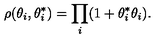
\rho ( \theta _ { i } , \theta _ { i } ^ { * } ) = \prod _ { i } ( 1 + \theta _ { i } ^ { * } \theta _ { i } ) .